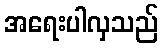
အရေးပါလှသည်